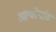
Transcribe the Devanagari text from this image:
आयरेगांव